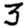
Digit: 3